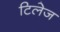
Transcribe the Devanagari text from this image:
टिलेज